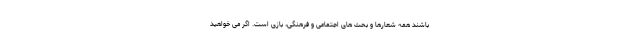
باشند همه شعارها و بحث های اجتماعی و فرهنگی، بازی است. اگر می خواهید